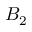
B _ { 2 }